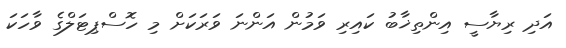
އަދި ރިޔާސީ އިންތިޚާބު ކައިރި ވަމުން އަންނަ ވަރަކަށް މި ހޮސްޕިޓަލްގެ ވާހަކަ